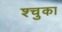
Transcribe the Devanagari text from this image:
श्चुका